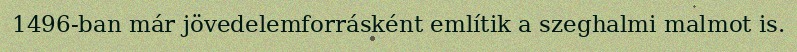
1496-ban már jövedelemforrásként említik a szeghalmi malmot is.